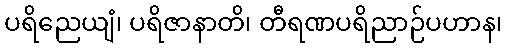
ပရိညေယျံ၊ ပရိဇာနာတိ၊ တီရဏပရိညာဉ်ပဟာန၊